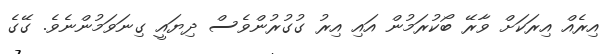
އިރެއް އިރަކަށް ވާރޭ ބޯކުރަމުން އައި އިރު ގުގުރުންވެސް ދިޔައީ ގިނަވަމުންނެވެ. ގޭގެ